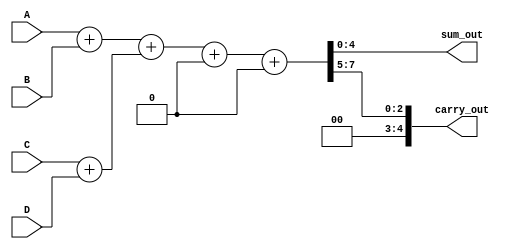
module carry_save_adder (
    input [3:0] A, // First input
    input [3:0] B, // Second input
    input [3:0] C, // Third input
    input [3:0] D, // Fourth input
    output [4:0] sum_out, // Final sum output
    output [4:0] carry_out // Final carry output
);

// Internal wires for sum and carry between stages
wire [4:0] sum_ab, carry_ab;
wire [4:0] sum_cd, carry_cd;
wire [4:0] sum_final, carry_final;

// Full adder for inputs A and B
assign {carry_ab, sum_ab} = A + B; // Use simple addition for 4-bit inputs

// Full adder for inputs C and D
assign {carry_cd, sum_cd} = C + D; // Use simple addition for 4-bit inputs

// Combine the sums and carries in the next stage
assign {carry_final, sum_final} = sum_ab + sum_cd + carry_ab + carry_cd;

// Final output assignments
assign sum_out = sum_final;
assign carry_out = carry_final;

endmodule